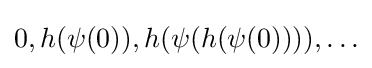
0,h(\psi (0)),h(\psi (h(\psi (0)))),\ldots